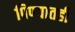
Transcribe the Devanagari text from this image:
पिण्यातही